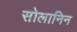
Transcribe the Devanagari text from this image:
सोलानिन